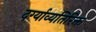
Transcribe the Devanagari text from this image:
दर्ग्याव्यतिरिक्त